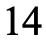
14